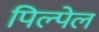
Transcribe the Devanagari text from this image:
पिल्पेल